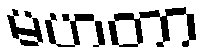
မဟတာ